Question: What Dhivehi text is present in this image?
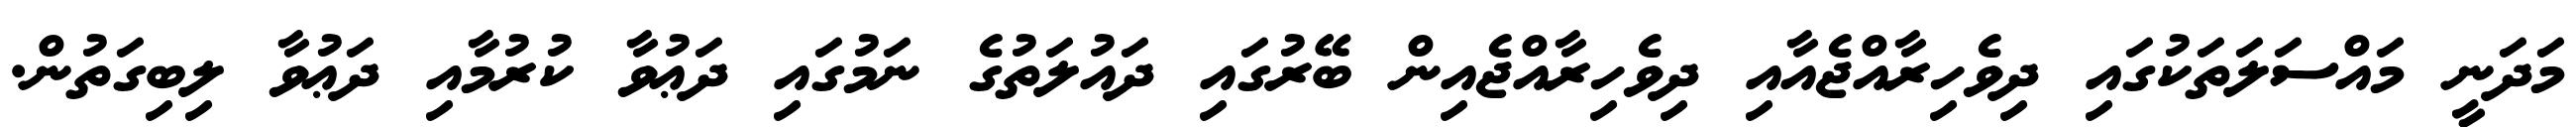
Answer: މަދަނީ މައްސަލަތަކުގައި ދިވެހިރާއްޖެއާއި ދިވެހިރާއްޖެއިން ބޭރުގައި ދައުލަތުގެ ނަމުގައި ދަޢުވާ ކުރުމާއި ދަޢުވާ ލިބިގަތުން.